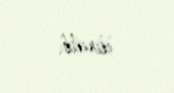
itirilib.